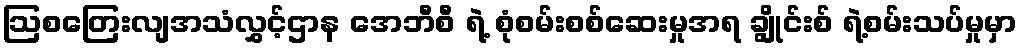
ဩစတြေးလျအသံလွှင့်ဌာန အေဘီစီ ရဲ့ စုံစမ်းစစ်ဆေးမှုအရ ချွိုင်းစ် ရဲ့စမ်းသပ်မှုမှာ